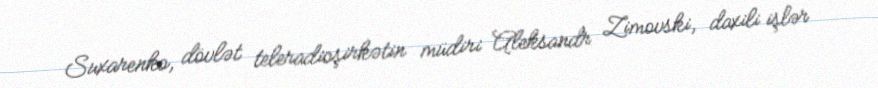
Suxarenko, dövlət teleradioşirkətin müdiri Aleksandr Zimovski, daxili işlər